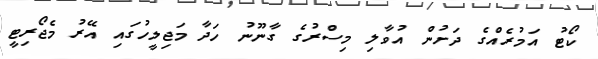
ކޯޓު އަމުރެއްގެ ދަށުން އުވާލި މިސްރުގެ ގާނޫނު ހަދާ މަޖިލީހުގައި އޭރު މެޖޯރިޓީ